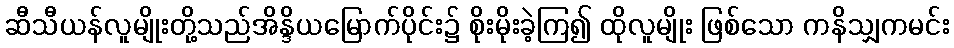
ဆီသီယန်လူမျိုးတို့သည်အိန္ဒိယမြောက်ပိုင်း၌ စိုးမိုးခဲ့ကြ၍ ထိုလူမျိုး ဖြစ်သော ကနိသျှကမင်း